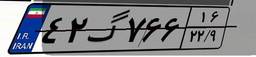
۴۲گ۷۶۶۱۶